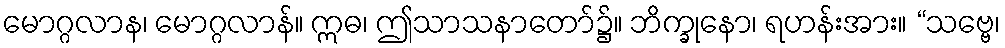
မောဂ္ဂလာန၊ မောဂ္ဂလာန်။ ဣဓ၊ ဤသာသနာတော်၌။ ဘိက္ခုနော၊ ရဟန်းအား။ “သဗ္ဗေ၊